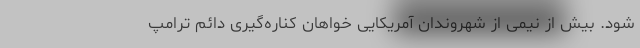
شود. بیش از نیمی از شهروندان آمریکایی خواهان کناره‌گیری دائم ترامپ